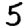
Digit: 5